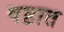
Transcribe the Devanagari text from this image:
षष्ठात